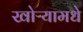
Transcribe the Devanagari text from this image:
खोऱ्यामधे